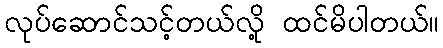
လုပ်ဆောင်သင့်တယ်လို့ ထင်မိပါတယ်။